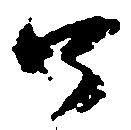
口